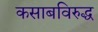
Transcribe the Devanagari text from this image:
कसाबविरुद्ध